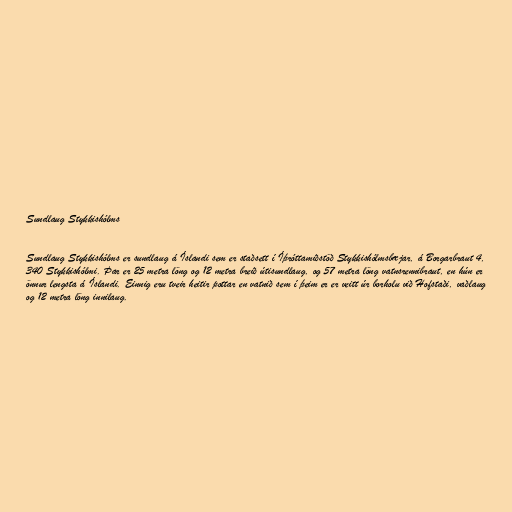
Sundlaug Stykkishólms

Sundlaug Stykkishólms er sundlaug á Íslandi sem er staðsett í Íþróttamiðstöð Stykkishólmsbæjar, á Borgarbraut 4,
340 Stykkishólmi. Þar er 25 metra löng og 12 metra breið útisundlaug, og 57 metra löng vatnsrennibraut, en hún er
önnur lengsta á Íslandi. Einnig eru tveir heitir pottar en vatnið sem í þeim er er veitt úr borholu við Hofstaði, vaðlaug
og 12 metra löng innilaug.